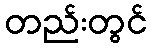
တည်းတွင်